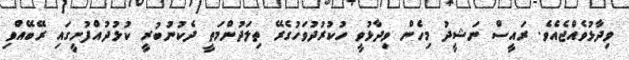
ވިދާޅުވެއްޖެއެވެ. ރައީސް ނަޝީދު މިހެން ވިދާޅުވީ ހުކުރުދުވަހުގެރޭ ތިލަދުންމަތީ ދެކުނުބުރީ ކުޅުދުއްފުށީގައި ރޭބޭއްވި